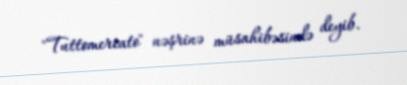
"Tuttomercato" nəşrinə müsahibəsində deyib.